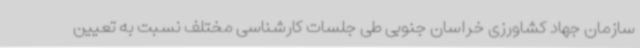
سازمان جهاد کشاورزی خراسان جنوبی طی جلسات کارشناسی مختلف نسبت به تعیین